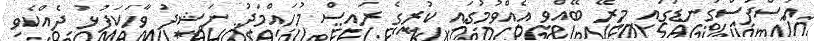
އުސްފަސްގަނޑުގައި މިރޭ ބޭއްވި އެއްވުމުގައި ކުރީގެ ރައީސް މުހައްމަދު ނަޝީދު ވާހަކަފުޅު ދެއްކެވި